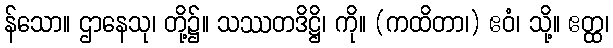
န်သော။ ဌာနေသု၊ တို့၌။ သဿတဒိဋ္ဌိ၊ ကို။ (ကထိတာ၊) ဧဝံ၊ သို့။ ဧတ္ထ၊